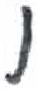
אות: ו